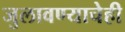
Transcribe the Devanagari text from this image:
जुलावण्याचेही